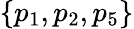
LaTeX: \{ p_{1},p_{2},p_{5}\}